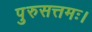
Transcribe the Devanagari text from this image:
पुरुसत्तमः।